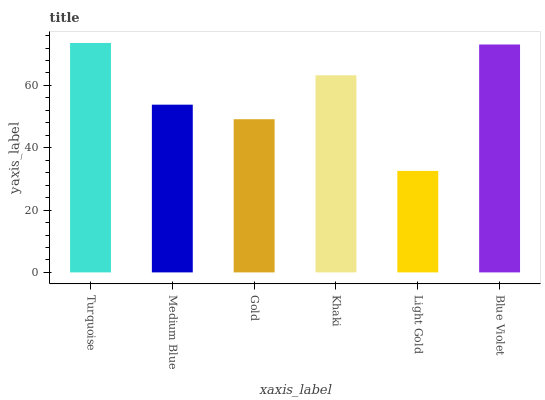
| xaxis_label | bars |
 | --- | --- |
 | Turquoise | 73.6 |
 | Medium Blue | 53.8 |
 | Gold | 49.1 |
 | Khaki | 63.3 |
 | Light Gold | 32.6 |
 | Blue Violet | 73.1 |